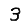
Digit: 3